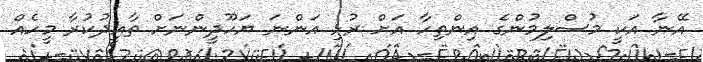
އޭނާ އަކީ މުސްލިމުންގެ އިންތިހާ އަށް ރުޅި އަންނަ ޔަހޫދީންނަށް ތާއީދުކުރާ މީހެއް